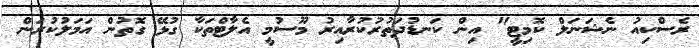
ރެސްކިއު ނެޝަނަލް ކޮމިޓީ" އިން ކަނޑުދަތުރުކުރާއިރު މޫސުމީ އެލާޓްތަކާ ގުޅޭ ގޮތުން އަމަލުކުރަން